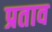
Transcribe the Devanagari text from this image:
प्रताव